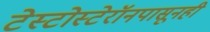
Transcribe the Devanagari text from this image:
टेस्टोस्टेरॉनपासूनही